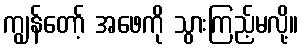
ကျွန်တော့် အဖေကို သွားကြည့်မလို့။